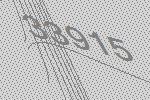
33915